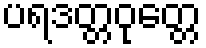
ပရဒတ္တဝုတ္တေ